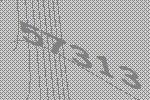
57313